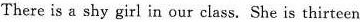
There is a shy girl in our class. She is thirteen